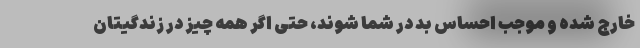
خارج شده و موجب احساس بد در شما شوند، حتی اگر همه چیز در زندگیتان